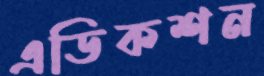
এডিকশন